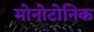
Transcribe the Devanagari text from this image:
मोनोटोनिक